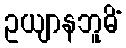
ဥယျာနဘူမိံ